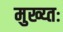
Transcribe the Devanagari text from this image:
मुख्य्तः